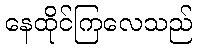
နေထိုင်ကြလေသည်